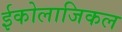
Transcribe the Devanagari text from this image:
ईकोलाजिकल